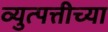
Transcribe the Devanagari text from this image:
व्युत्पत्तीच्या